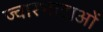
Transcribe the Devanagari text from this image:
ज्वारभाटाओं